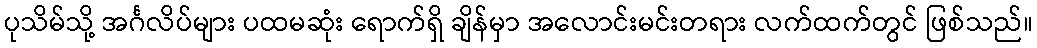
ပုသိမ်သို့ အင်္ဂလိပ်များ ပထမဆုံး ရောက်ရှိ ချိန်မှာ အလောင်းမင်းတရား လက်ထက်တွင် ဖြစ်သည်။